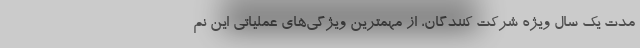
مدت یک سال ویژه شرکت کنندگان، از مهمترین ویژگی‌های عملیاتی این نم